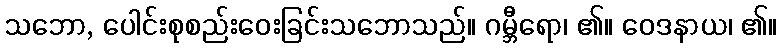
သဘော, ပေါင်းစုစည်းဝေးခြင်းသဘောသည်။ ဂမ္ဘီရော၊ ၏။ ဝေဒနာယ၊ ၏။